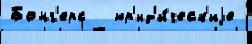
Бонг'ерс   юр'ид'и́ческ'иjе